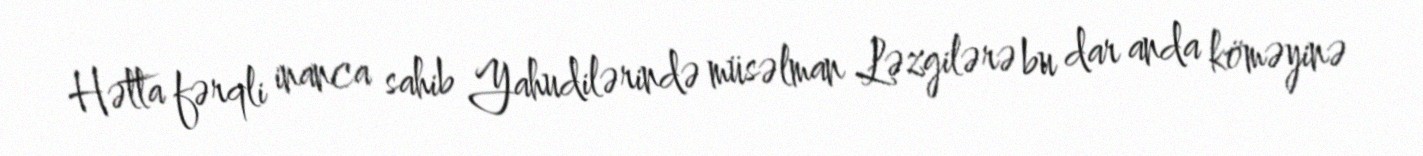
Hətta fərqli inanca sahib Yahudilərində müsəlman Ləzgilərə bu dar anda köməyinə